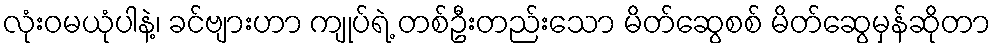
လုံးဝမယုံပါနဲ့၊ ခင်ဗျားဟာ ကျုပ်ရဲ့ တစ်ဦးတည်းသော မိတ်ဆွေစစ် မိတ်ဆွေမှန်ဆိုတာ